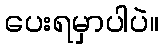
ပေးရမှာပါပဲ။